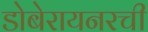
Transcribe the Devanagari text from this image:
डोबेरायनरची